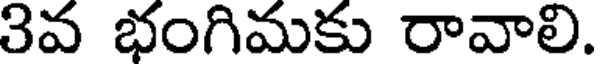
3వ భంగిమకు రావాలి.